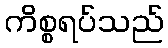
ကိစ္စရပ်သည်